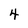
Character: 4